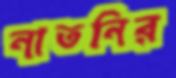
নাতনির